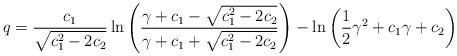
LaTeX: \begin{align*} q=\frac{c_1}{\sqrt{c_1^2-2c_2}}\ln{\left(\frac{\gamma+c_1-\sqrt{c_1^2-2c_2}}{\gamma+c_1+\sqrt{c_1^2-2c_2}}\right)}-\ln{\left(\frac{1}{2}\gamma^2+c_1\gamma+c_2\right)}\end{align*}